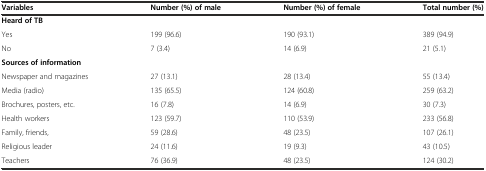
<table><thead><tr><td><b>Variables</b></td><td><b>Number (%) of male</b></td><td><b>Number (%) of female</b></td><td><b>Total number (%)</b></td></tr></thead><tbody><tr><td><b>Heard of TB</b></td><td></td><td></td><td></td></tr><tr><td>Yes</td><td>199 (96.6)</td><td>190 (93.1)</td><td>389 (94.9)</td></tr><tr><td>No</td><td>7 (3.4)</td><td>14 (6.9)</td><td>21 (5.1)</td></tr><tr><td><b>Sources of information</b></td><td></td><td></td><td></td></tr><tr><td>Newspaper and magazines</td><td>27 (13.1)</td><td>28 (13.4)</td><td>55 (13.4)</td></tr><tr><td>Media (radio)</td><td>135 (65.5)</td><td>124 (60.8)</td><td>259 (63.2)</td></tr><tr><td>Brochures, posters, etc.</td><td>16 (7.8)</td><td>14 (6.9)</td><td>30 (7.3)</td></tr><tr><td>Health workers</td><td>123 (59.7)</td><td>110 (53.9)</td><td>233 (56.8)</td></tr><tr><td>Family, friends,</td><td>59 (28.6)</td><td>48 (23.5)</td><td>107 (26.1)</td></tr><tr><td>Religious leader</td><td>24 (11.6)</td><td>19 (9.3)</td><td>43 (10.5)</td></tr><tr><td>Teachers</td><td>76 (36.9)</td><td>48 (23.5)</td><td>124 (30.2)</td></tr></tbody></table>